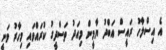
އެ އިސްލާހު ރައީސް އަބްދު ޔާމީން މިއަދު ތަސްދީގު ކުރައްވައި މިހާރު ވަނީ